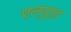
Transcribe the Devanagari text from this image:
एल्युर्ड